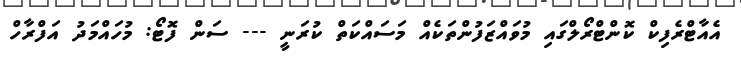
އެއާޓްރެފިކް ކޮންޓްރޯލްގައި މުވައްޒަފުންތަކެއް މަސައްކަތް ކުރަނީ --- ސަން ފޮޓޯ: މުހައްމަދު އަފްރާހް